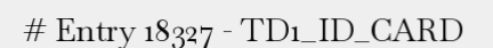
# Entry 18327 - TD1_ID_CARD